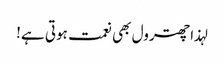
لہذا چھترول بھی نعمت ہوتی ہے!